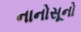
નાનોસૂનો